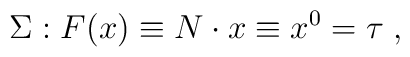
\Sigma: F(x) \equiv N \cdot x \equiv  x^0 = \tau \; ,